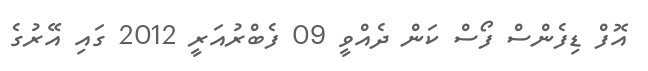
އޮފް ޑިފެންސް ފޯސް ކަން ދެއްވީ 09 ފެބްރުއަރީ 2012 ގައި އޭރުގެ